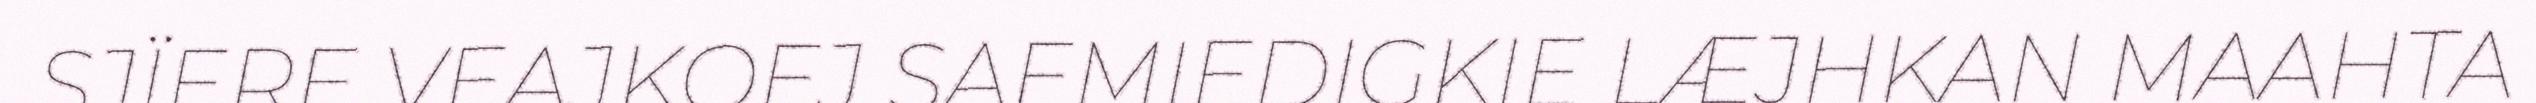
SJÏERE VEAJKOEJ SAEMIEDIGKIE LÆJHKAN MAAHTA